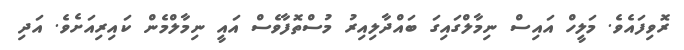
ރޮވިފައެވެ. މަލީހް އައިސް ނިމާލްގައިގަ ބައްދާލިއިރު މުސްތޮފާވެސް އައީ ނިމާލްމެން ކައިރިއަށެވެ. އަދި